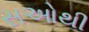
સઓથી